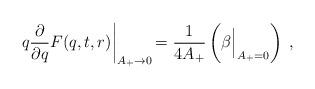
LaTeX: \begin{align*}q\frac{\partial}{\partial q}F(q,t,r)\biggl|_{A_+\to 0}\, =\frac{1}{4A_+}\left(\beta\Bigl |_{A_+=0}\right)\; ,\end{align*}